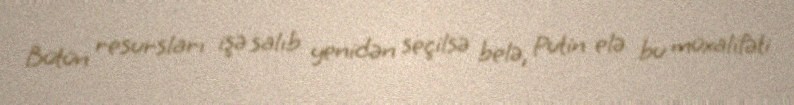
Bütün resursları işə salıb yenidən seçilsə belə, Putin elə bu müxalifəti